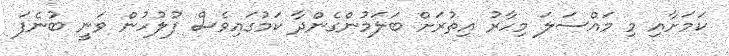
ކަމަށާއި މި މައްސަލަ މިހާރު އިތުރަށް ބަލަމުންގެންދާ ކަމުގައިވެސް ފުލުހުން ވަނީ ބުނެފަ